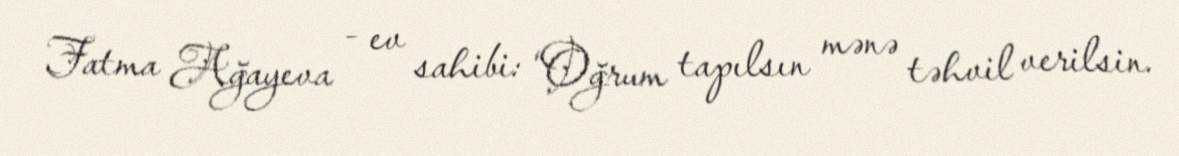
Fatma Ağayeva - ev sahibi: “Oğrum tapılsın mənə təhvil verilsin.